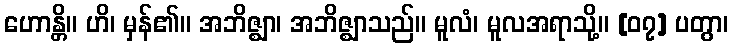
ဟောန္တိ။ ဟိ၊ မှန်၏။ အဘိဇ္ဈာ၊ အဘိဇ္ဈာသည်။ မူလံ၊ မူလအရာသို့။ [၀၇] ပတွာ၊